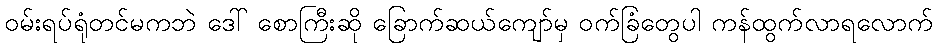
ဝမ်းရပ်ရုံတင်မကဘဲ ဒေါ် စောကြီးဆို ခြောက်ဆယ်ကျော်မှ ဝက်ခြံတွေပါ ကန်ထွက်လာရလောက်